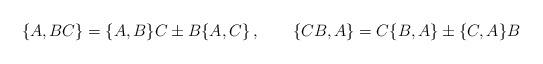
LaTeX: \begin{align*}\{ A , BC \} = \{ A , B\} C \pm B \{ A, C \}\, , \qquad \{ CB , A \} = C \{ B , A\} \pm \{ C, A \} B\end{align*}